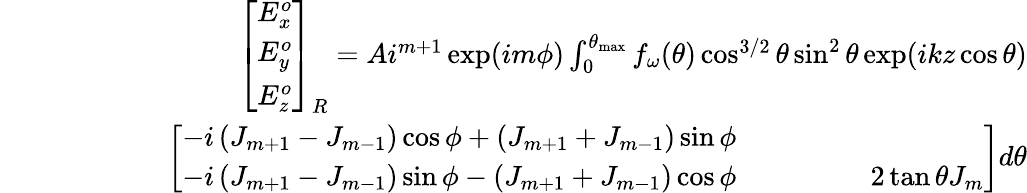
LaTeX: \begin{array}{r}{\begin{array}{r}{\left[\begin{array}{l}{E_{x}^{o}}\\ {E_{y}^{o}}\\ {E_{z}^{o}}\end{array}\right]_{R}=Ai^{m+1}\exp(im\phi)\int_{0}^{\theta_{\operatorname*{max}}}f_{\omega}(\theta)\cos^{3/2}\theta\sin^{2}\theta\exp(ikz\cos\theta)}\\ {~~~~~~~~~~~~~~~~~~~~~~~\left[\begin{array}{l}{-i\left(J_{m+1}-J_{m-1}\right)\cos\phi+\left(J_{m+1}+J_{m-1}\right)\sin\phi}\\ {-i\left(J_{m+1}-J_{m-1}\right)\sin\phi-\left(J_{m+1}+J_{m-1}\right)\cos\phi\ ~~~~~~~~~~~~~~~~~~2\tan\theta J_{m}}\end{array}\right]d\theta}\end{array}}\end{array}